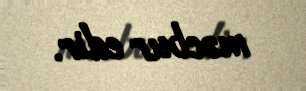
məcbur edir.